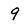
Character: 9